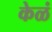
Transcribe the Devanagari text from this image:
केळं